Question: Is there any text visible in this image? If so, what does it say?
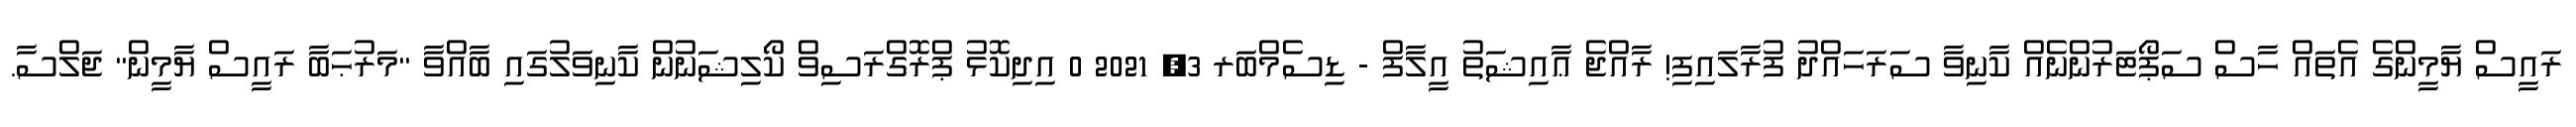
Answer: ރައީސް ޔާމީންގެ އެތައް ހާސް ސަޕޯޓަރުންނެއް ކާނިވާ ސަރަހައްދު ފުރާލައިފި! ރާއްޖެ ޢާއިޝަތު އީލާފް - ޑިސެމްބަރ 3, 2021 0 އިދިކޮޅު ޕްރޮގްރަސިވް ކޯލިޝަނުން ކާނިވަލުގައި ބާއްވާ "މަރުޙަބާ ރައީސް ޔާމީން" ޖަލްސާ.